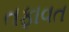
તફાવત